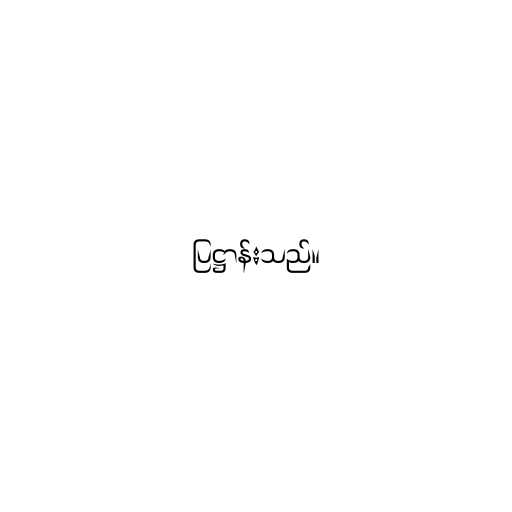
ပြဋ္ဌာန်းသည်။